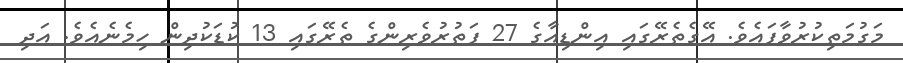
މަގުމަތިކުރުވާފައެވެ. އޭގެތެރޭގައި އިންޑިއާގެ 27 ފަތުރުވެރިންގެ ތެރޭގައި 13 ކުޑަކުދިން ހިމެނެއެވެ. އަދި